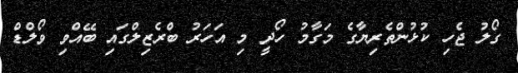
ގޯލު ޖެހި ކުޅުންތެރިޔާގެ މަގާމު ހޯދީ މި އަހަރު ބްރެޒިލްގައި ބޭއްވި ވޯލްޑް